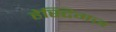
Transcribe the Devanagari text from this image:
हेस्टिगज